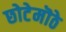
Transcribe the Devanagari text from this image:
छोटेमॊठे